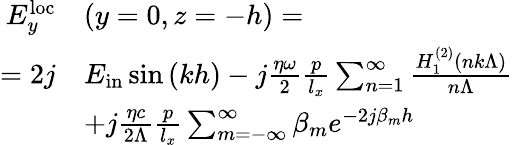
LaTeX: \begin{array}{rl}{E_{y}^{\mathrm{loc}}}&{\left(y=0,z=-h\right)=}\\ {=2j}&{E_{\mathrm{in}}\sin{\left(kh\right)}-j\frac{\eta\omega}{2}\frac{p}{l_{x}}\sum_{n=1}^{\infty}\frac{H_{1}^{\left(2\right)}\left(nk\Lambda\right)}{n\Lambda}}\\ &{+j\frac{\eta c}{2\Lambda}\frac{p}{l_{x}}\sum_{m=-\infty}^{\infty}\beta_{m}e^{-2j\beta_{m}h}}\end{array}